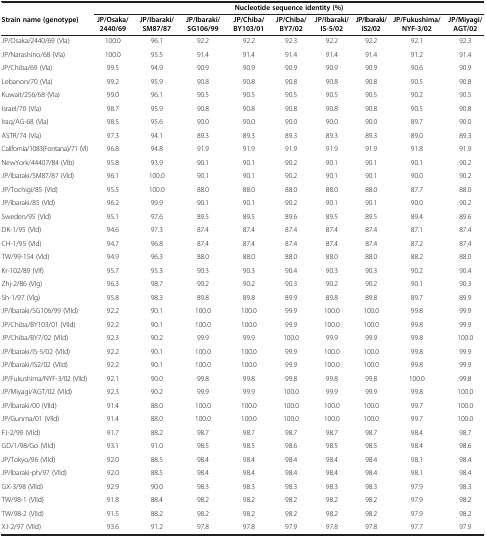
<table><thead><tr><td><b> </b></td><td colspan="9"><b>Nucleotide sequence identity (%)</b></td></tr><tr><td><b>Strain name (genotype)</b></td><td><b>JP/Osaka/2440/69</b></td><td><b>JP/Ibaraki/SM87/87</b></td><td><b>JP/Ibaraki/SG106/99</b></td><td><b>JP/Chiba/BY103/01</b></td><td><b>JP/Chiba/BY7/02</b></td><td><b>JP/Ibaraki/IS-5/02</b></td><td><b>JP/Ibaraki/IS2/02</b></td><td><b>JP/Fukushima/NYF-3/02</b></td><td><b>JP/Miyagi/AGT/02</b></td></tr></thead><tbody><tr><td>JP/Osaka/2440/69 (VIa)</td><td>100.0</td><td>96.1</td><td>92.2</td><td>92.2</td><td>92.3</td><td>92.2</td><td>92.2</td><td>92.1</td><td>92.3</td></tr><tr><td>JP/Narashino/68 (VIa)</td><td>100.0</td><td>95.5</td><td>91.4</td><td>91.4</td><td>91.4</td><td>91.4</td><td>91.4</td><td>91.2</td><td>91.4</td></tr><tr><td>JP/Chiba/69 (VIa)</td><td>99.5</td><td>94.9</td><td>90.9</td><td>90.9</td><td>90.9</td><td>90.9</td><td>90.9</td><td>90.6</td><td>90.9</td></tr><tr><td>Lebanon/70 (VIa)</td><td>99.2</td><td>95.9</td><td>90.8</td><td>90.8</td><td>90.8</td><td>90.8</td><td>90.8</td><td>90.5</td><td>90.8</td></tr><tr><td>Kuwait/256/68 (VIa)</td><td>99.0</td><td>96.1</td><td>90.5</td><td>90.5</td><td>90.5</td><td>90.5</td><td>90.5</td><td>90.2</td><td>90.5</td></tr><tr><td>Israel/70 (VIa)</td><td>98.7</td><td>95.9</td><td>90.8</td><td>90.8</td><td>90.8</td><td>90.8</td><td>90.8</td><td>90.5</td><td>90.8</td></tr><tr><td>Iraq/AG-68 (VIa)</td><td>98.5</td><td>95.6</td><td>90.0</td><td>90.0</td><td>90.0</td><td>90.0</td><td>90.0</td><td>89.7</td><td>90.0</td></tr><tr><td>ASTR/74 (VIa)</td><td>97.3</td><td>94.1</td><td>89.3</td><td>89.3</td><td>89.3</td><td>89.3</td><td>89.3</td><td>89.0</td><td>89.3</td></tr><tr><td>California/1083(Fontana)/71 (VI)</td><td>96.8</td><td>94.8</td><td>91.9</td><td>91.9</td><td>91.9</td><td>91.9</td><td>91.9</td><td>91.8</td><td>91.9</td></tr><tr><td>NewYork/44407/84 (VIb)</td><td>95.8</td><td>93.9</td><td>90.1</td><td>90.1</td><td>90.2</td><td>90.1</td><td>90.1</td><td>90.1</td><td>90.2</td></tr><tr><td>JP/Ibaraki/SM87/87 (VId)</td><td>96.1</td><td>100.0</td><td>90.1</td><td>90.1</td><td>90.2</td><td>90.1</td><td>90.1</td><td>90.0</td><td>90.2</td></tr><tr><td>JP/Tochigi/85 (VId)</td><td>95.5</td><td>100.0</td><td>88.0</td><td>88.0</td><td>88.0</td><td>88.0</td><td>88.0</td><td>87.7</td><td>88.0</td></tr><tr><td>JP/Ibaraki/85 (VId)</td><td>96.2</td><td>99.9</td><td>90.1</td><td>90.1</td><td>90.2</td><td>90.1</td><td>90.1</td><td>90.0</td><td>90.2</td></tr><tr><td>Sweden/95 (VId)</td><td>95.1</td><td>97.6</td><td>89.5</td><td>89.5</td><td>89.6</td><td>89.5</td><td>89.5</td><td>89.4</td><td>89.6</td></tr><tr><td>DK-1/95 (VId)</td><td>94.6</td><td>97.3</td><td>87.4</td><td>87.4</td><td>87.4</td><td>87.4</td><td>87.4</td><td>87.1</td><td>87.4</td></tr><tr><td>CH-1/95 (VId)</td><td>94.7</td><td>96.8</td><td>87.4</td><td>87.4</td><td>87.4</td><td>87.4</td><td>87.4</td><td>87.2</td><td>87.4</td></tr><tr><td>TW/99-154 (VId)</td><td>94.9</td><td>96.3</td><td>88.0</td><td>88.0</td><td>88.0</td><td>88.0</td><td>88.0</td><td>88.2</td><td>88.0</td></tr><tr><td>Kr-102/89 (VIf)</td><td>95.7</td><td>95.3</td><td>90.3</td><td>90.3</td><td>90.4</td><td>90.3</td><td>90.3</td><td>90.2</td><td>90.4</td></tr><tr><td>Zhj-2/86 (VIg)</td><td>96.3</td><td>98.7</td><td>90.2</td><td>90.2</td><td>90.3</td><td>90.2</td><td>90.2</td><td>90.1</td><td>90.3</td></tr><tr><td>Sh-1/97 (VIg)</td><td>95.8</td><td>98.3</td><td>89.8</td><td>89.8</td><td>89.9</td><td>89.8</td><td>89.8</td><td>89.7</td><td>89.9</td></tr><tr><td>JP/Ibaraki/SG106/99 (VIId)</td><td>92.2</td><td>90.1</td><td>100.0</td><td>100.0</td><td>99.9</td><td>100.0</td><td>100.0</td><td>99.8</td><td>99.9</td></tr><tr><td>JP/Chiba/BY103/01 (VIId)</td><td>92.2</td><td>90.1</td><td>100.0</td><td>100.0</td><td>99.9</td><td>100.0</td><td>100.0</td><td>99.8</td><td>99.9</td></tr><tr><td>JP/Chiba/BY7/02 (VIId)</td><td>92.3</td><td>90.2</td><td>99.9</td><td>99.9</td><td>100.0</td><td>99.9</td><td>99.9</td><td>99.8</td><td>100.0</td></tr><tr><td>JP/Ibaraki/IS-5/02 (VIId)</td><td>92.2</td><td>90.1</td><td>100.0</td><td>100.0</td><td>99.9</td><td>100.0</td><td>100.0</td><td>99.8</td><td>99.9</td></tr><tr><td>JP/Ibaraki/IS2/02 (VIId)</td><td>92.2</td><td>90.1</td><td>100.0</td><td>100.0</td><td>99.9</td><td>100.0</td><td>100.0</td><td>99.8</td><td>99.9</td></tr><tr><td>JP/Fukushima/NYF-3/02 (VIId)</td><td>92.1</td><td>90.0</td><td>99.8</td><td>99.8</td><td>99.8</td><td>99.8</td><td>99.8</td><td>100.0</td><td>99.8</td></tr><tr><td>JP/Miyagi/AGT/02 (VIId)</td><td>92.3</td><td>90.2</td><td>99.9</td><td>99.9</td><td>100.0</td><td>99.9</td><td>99.9</td><td>99.8</td><td>100.0</td></tr><tr><td>JP/Ibaraki/00 (VIId)</td><td>91.4</td><td>88.0</td><td>100.0</td><td>100.0</td><td>100.0</td><td>100.0</td><td>100.0</td><td>99.7</td><td>100.0</td></tr><tr><td>JP/Gunma/01 (VIId)</td><td>91.4</td><td>88.0</td><td>100.0</td><td>100.0</td><td>100.0</td><td>100.0</td><td>100.0</td><td>99.7</td><td>100.0</td></tr><tr><td>FJ-2/99 (VIId)</td><td>91.7</td><td>88.2</td><td>98.7</td><td>98.7</td><td>98.7</td><td>98.7</td><td>98.7</td><td>98.4</td><td>98.7</td></tr><tr><td>GD/1/98/Go (VIId)</td><td>93.1</td><td>91.0</td><td>98.5</td><td>98.5</td><td>98.6</td><td>98.5</td><td>98.5</td><td>98.4</td><td>98.6</td></tr><tr><td>JP/Tokyo/96 (VIId)</td><td>92.0</td><td>88.5</td><td>98.4</td><td>98.4</td><td>98.4</td><td>98.4</td><td>98.4</td><td>98.1</td><td>98.4</td></tr><tr><td>JP/Ibaraki-ph/97 (VIId)</td><td>92.0</td><td>88.5</td><td>98.4</td><td>98.4</td><td>98.4</td><td>98.4</td><td>98.4</td><td>98.1</td><td>98.4</td></tr><tr><td>GX-3/98 (VIId)</td><td>92.9</td><td>90.0</td><td>98.3</td><td>98.3</td><td>98.3</td><td>98.3</td><td>98.3</td><td>97.9</td><td>98.3</td></tr><tr><td>TW/98-1 (VIId)</td><td>91.8</td><td>88.4</td><td>98.2</td><td>98.2</td><td>98.2</td><td>98.2</td><td>98.2</td><td>97.9</td><td>98.2</td></tr><tr><td>TW/98-2 (VIId)</td><td>91.5</td><td>88.2</td><td>98.2</td><td>98.2</td><td>98.2</td><td>98.2</td><td>98.2</td><td>97.9</td><td>98.2</td></tr><tr><td>XJ-2/97 (VIId)</td><td>93.6</td><td>91.2</td><td>97.8</td><td>97.8</td><td>97.9</td><td>97.8</td><td>97.8</td><td>97.7</td><td>97.9</td></tr></tbody></table>